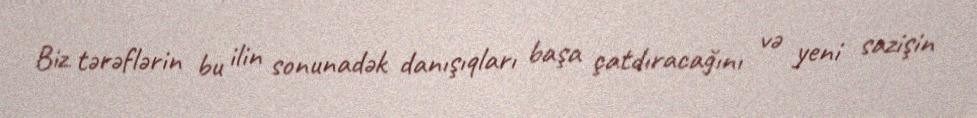
Biz tərəflərin bu ilin sonunadək danışıqları başa çatdıracağını və yeni sazişin